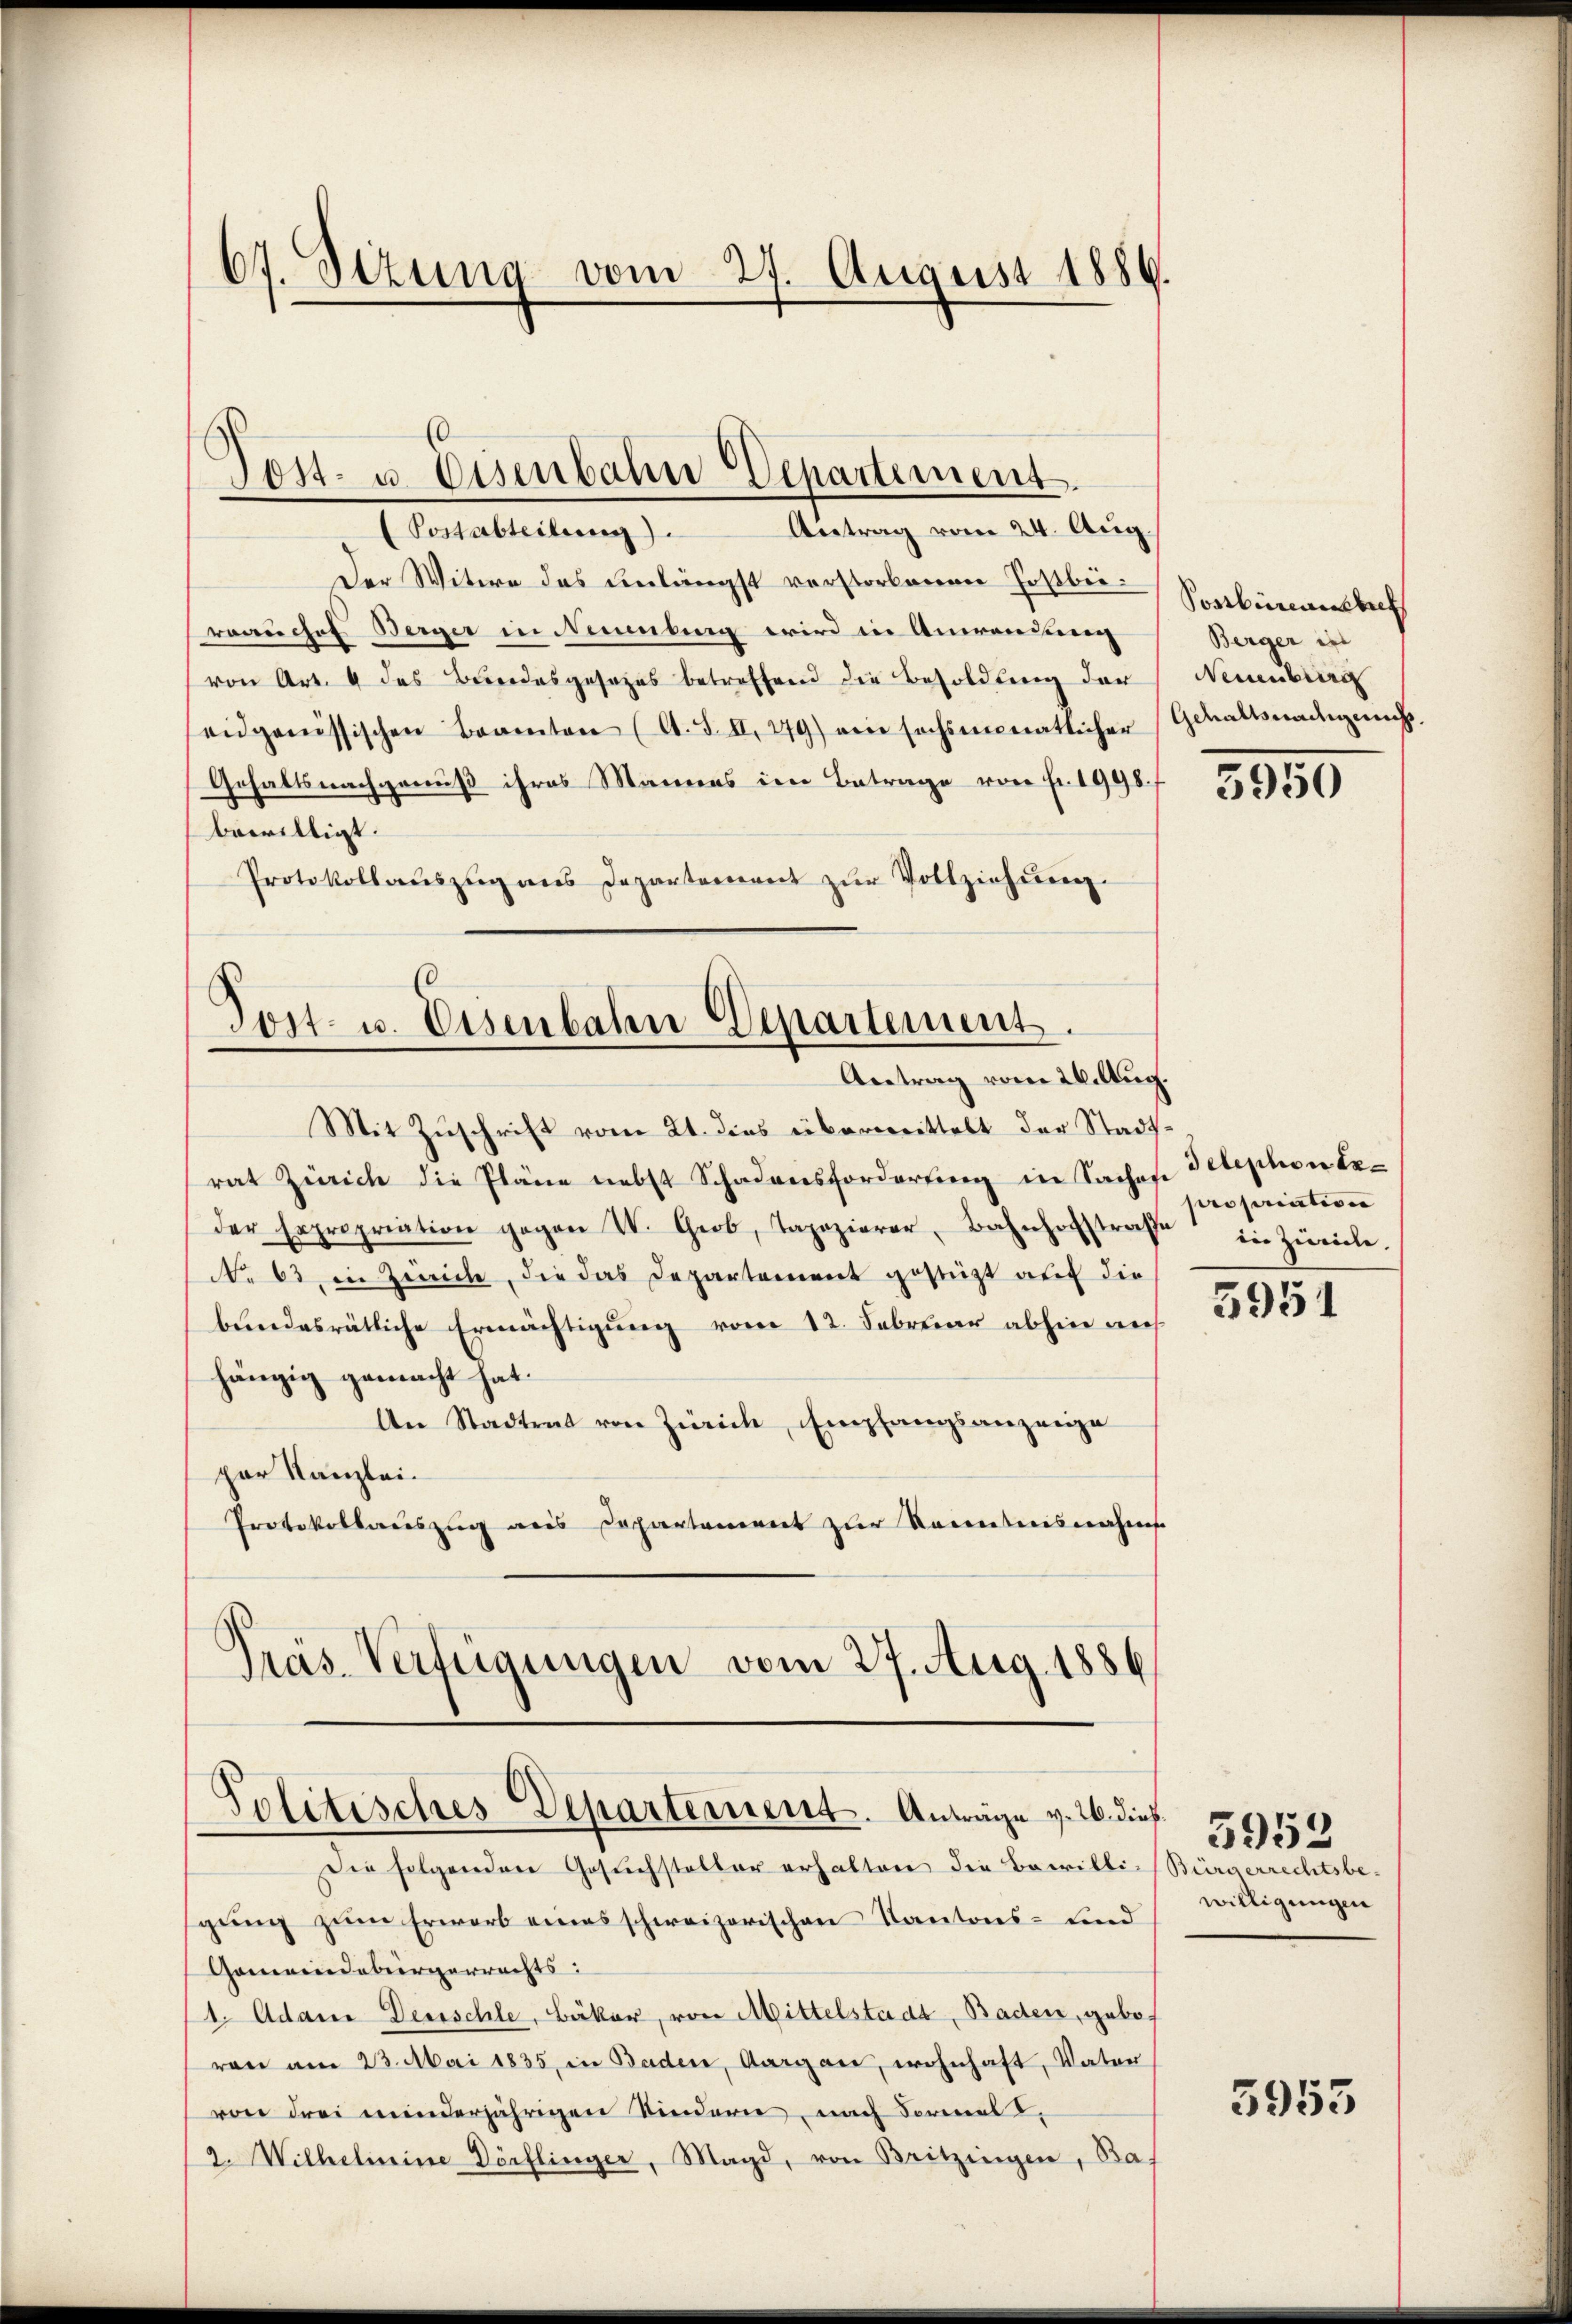
67. Sizung vom 27. August 1886.

Der Witwe des unlängst verstorbenen Faßber-Sonbürensbuch
rrauches Berger in Neuenburg wird in Anwendung
von Art. 4 des Bundesgesezes betreffend die Besoldung der
eidgenössischen Beamten (A. S. II. 279) ein sechsmonatlicher Gewaltsnadigung.
Gehaltsnachgenuß ihres Mannes in Betrage von Fr. 1998/
bewilligt.
Protokollauszug aus Departement zŭr Vollziehung.

Post- u. Eisenbahn Departement.
Antrag vom 24. Aug.
Postabteilung).

Tost- u. Eisenbahn Departement.
Antrag vom Wiltug.

Mit Zuschrift vom 21. dies übermittelt der Stadtrat Zürich die Pläne nebst Schadensforderŭng in Sachen Telephon beder Expropriation gegen IV. Grob, Tapezierer, Bahnhofstrafe in Zürich.
No 63 in Zürich, die das Departement gestützt auch die
bundesrätliche Ermächtigung vom 12. Februar abhin auf
hängig gemacht hat.
An Stadtrat von Zürich, Empfangsanzeige
par Kanzlei.
Protokollauszug aus Departement zur Kenntnisnahms
Präs. Verfügungen vom 27. Aug. 1886.

Politisches Departement. Anträge v. 2. dieß¬

Die folgenden Gesuchsteller erhalten die Bewilli-Bürgerrechtsbe-
gung zum Erwarb eines schweizerischen Kantons- und
Gemeindebürgerrechts:
1. Adam Deuschle, Bäker, von Mittelstadt, Baden, gebot
ren am 23. Mai 1835, in Baden, Aargau, wohnhaft, Vater
von drei meinderjährigen Kindern, nach Formel
2. Wilhelmine Dörflinger, Magd, von Britzingen, Ba-

Berger in
Neuenburg

5950

propriation

5951

5953
willigungen

5953